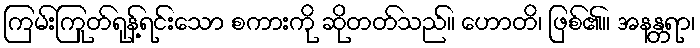
ကြမ်းကြုတ်ရုန့်ရင်းသော စကားကို ဆိုတတ်သည်။ ဟောတိ၊ ဖြစ်၏။ အနန္တရာ၊